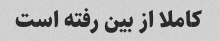
کاملا از بین رفته است